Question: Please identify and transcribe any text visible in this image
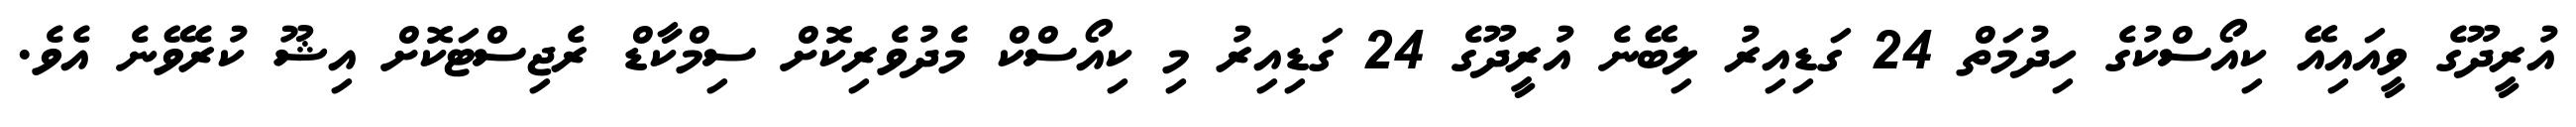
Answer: އުރީދޫގެ ވީއައިއޭ ކިއޯސްކުގެ ހިދުމަތް 24 ގަޑިއިރު ލިބޭނެ އުރީދޫގެ 24 ގަޑިއިރު މި ކިއޯސްކް މެދުވެރިކޮށް ސިމްކާޑް ރެޖިސްޓަކޮށް އިޝޫ ކުރެވޭނެ އެވެ.